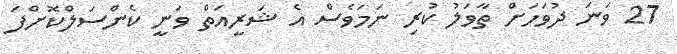
27 ވަނަ ދުވަހަށް ތާވަލު ކުރި ނަމަވެސް އެ ޝަރީއަތް ވަނީ ކެންސަލްކޮށްފަ